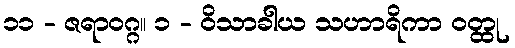
၁၁ - ဇရာဝဂ္ဂ။ ၁ - ဝိသာခါယ သဟာရိကာ ဝတ္ထု